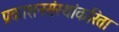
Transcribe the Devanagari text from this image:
प्रकाशनसंस्थांकरिता